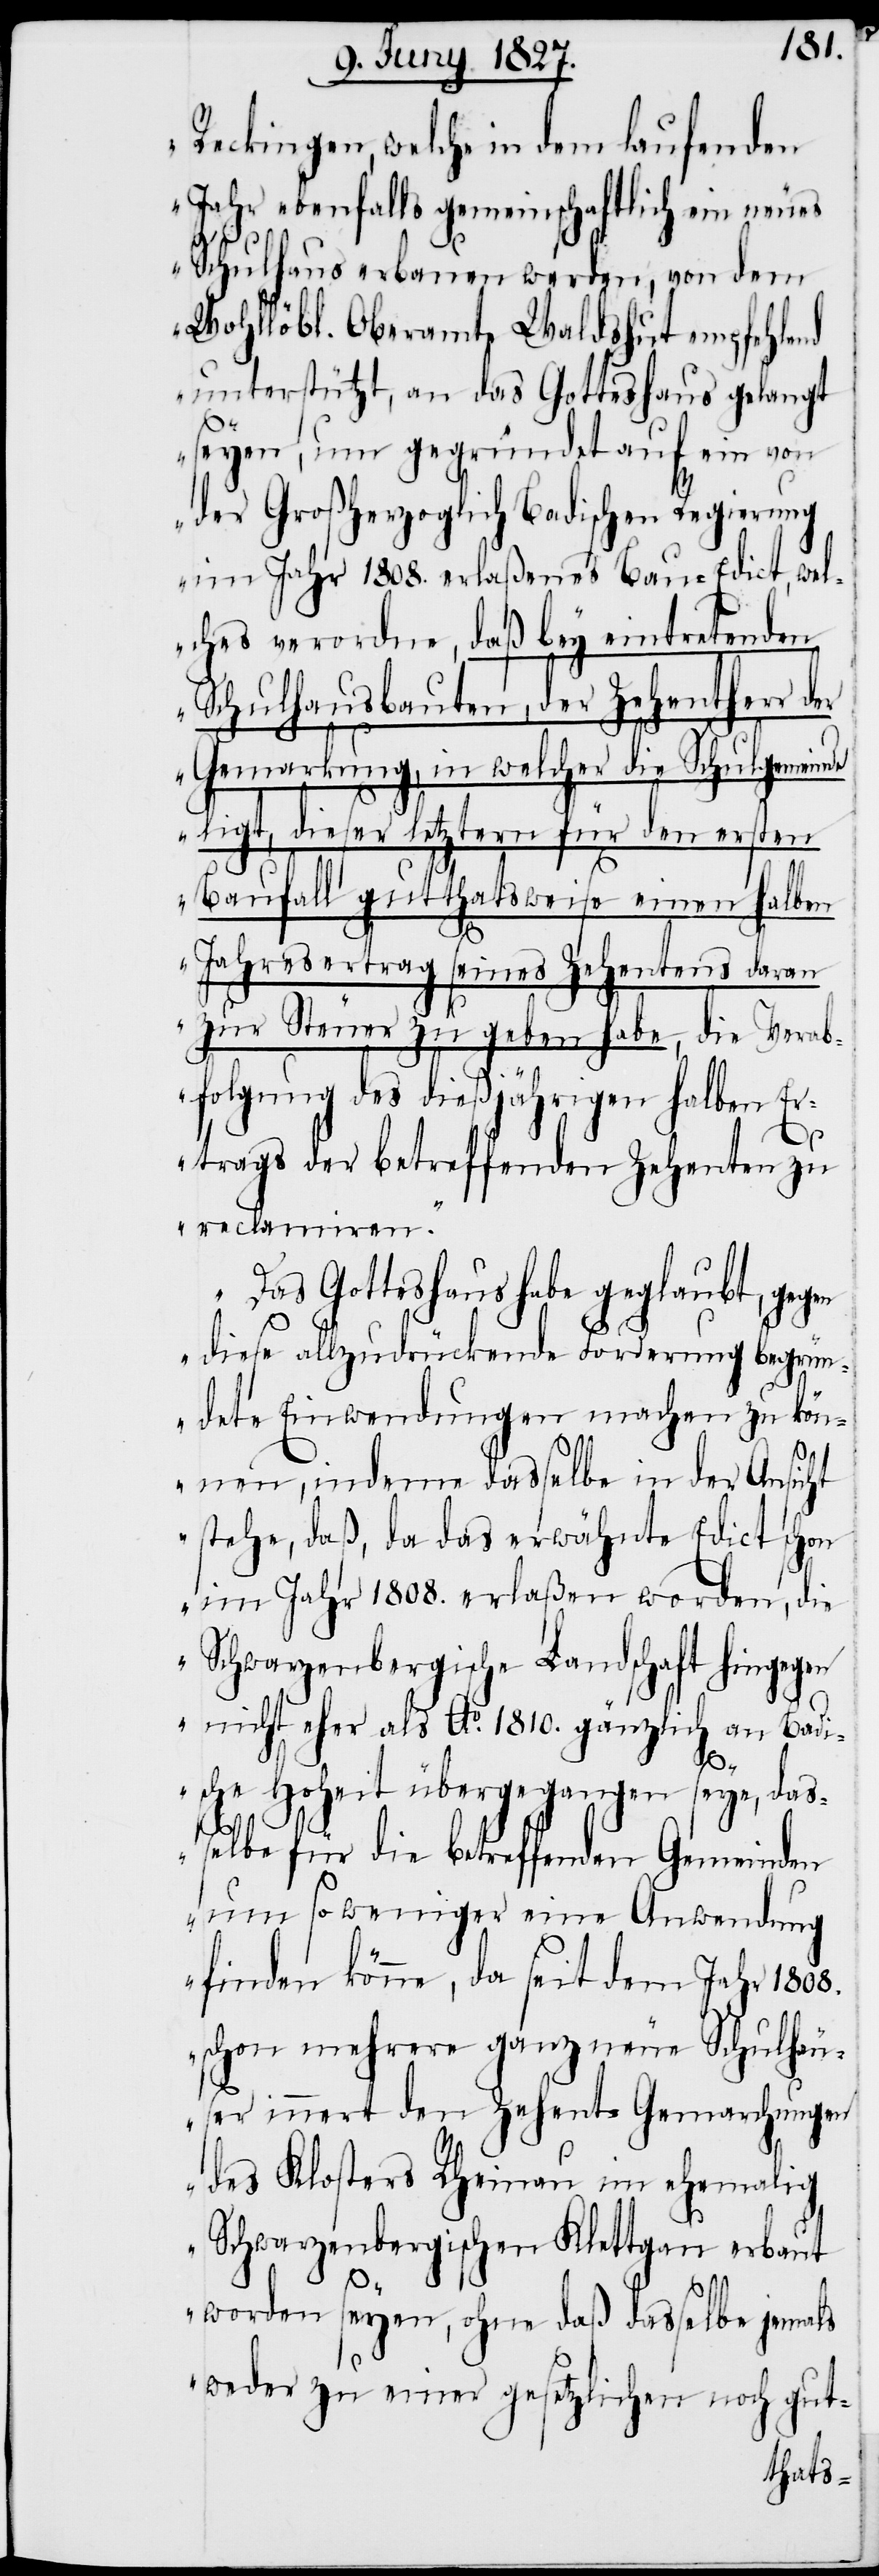
Reckingen, welche in dem laufenden
Jahr ebenfalls gemeinschaftlich ein neues
Schulhaus erbauen werden, von dem
Wohllöbl. Oberamte Waldshut empfehlend
unterstützt, an das Gotteshaus gelangt
seyen, um gegründet auf ein von
der Großherzoglich Badischen Regierung
im Jahr 1808. erlaßenes Bau-Edict, wel¬
ches verordne, daß bey eintretenden
Schulhausbauten, der Zehentherr der
Gemarkung, in welcher die Schulgemeind¬
e ligt, dieser letztern für den ersten
Baufall gutthatsweise einen halben
Jahresertrag seines Zehentens daran
zur Steuer zu geben habe, die Verab¬
folgung des dießjährigen halben Er¬
trags der betreffenden Zehenten zu
reclamiren.
Das Gotteshaus habe geglaubt, geg¬
en diese allzudrückende Forderung begrün¬
dete Einwendungen machen zu kön¬
nen, indem dasselbe in der Ansicht
stehe, daß, da das erwähnte Edict schon
im Jahr 1808. erlaßen worden, die
Schwarzenbergische Landschaft hingegen
nicht eher als Ao. 1810. gänzlich an Badi¬
sche Hoheit übergegangen seye, das¬
selbe für die betreffenden Gemeinden
um so weniger eine Anwendung
finden könne, da seit dem Jahr 1808.
schon mehrere ganz neue Schulhäu¬
ser innert den Zehent-Gemarchungen
des Klosters Rheinau im ehemalig
Schwarzenbergischen Klettgau erbaut
worden seyen, ohne daß dasselbe jemals
weder zu einer gesetzlichen noch gut-